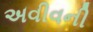
અવીવની